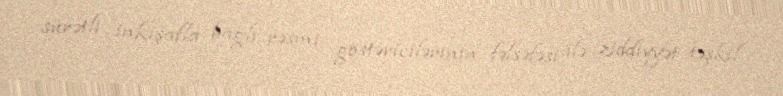
sürətli inkişafla bağlı rəsmi göstəricilərinin fəlsəfəsi ilə ziddiyyət təşkil